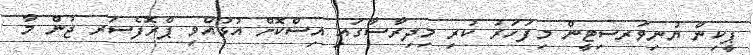
ޕީކިން ޔުނިވަރސިޓީން މިފަހަރު ކުރި މިދިރާސާގައި އިސްކޮށް އުޅުއްވި ޕްރޮފެސަރ ޖުން މާ